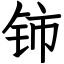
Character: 铈